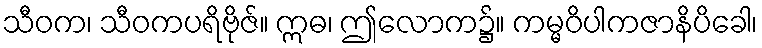
သီဝက၊ သီဝကပရိဗိုဇ်။ ဣဓ၊ ဤလောက၌။ ကမ္မဝိပါကဇာနိပိခေါ၊